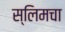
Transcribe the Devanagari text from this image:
स्लिमचा